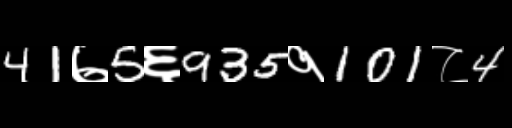
Text: 41७5६935१101८4